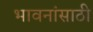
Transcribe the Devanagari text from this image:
भावनांसाठी